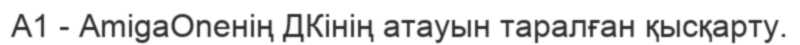
A1 - AmigaOneнiң ДКiнiң атауын таралған қысқарту.